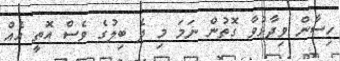
ހިސާން ވިދާޅުވާ ގޮތުން ނަމަ މި ދެ ބިލުގެ ވެސް އޮތީ އެއް